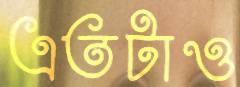
এতটাও